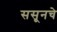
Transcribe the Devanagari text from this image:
ससूनचे